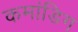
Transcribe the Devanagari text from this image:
कमांडिग